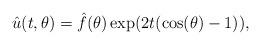
LaTeX: \begin{align*}\hat{u}(t,\theta) = \hat{f}(\theta)\exp(2t(\cos(\theta) - 1)),\end{align*}